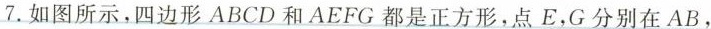
7.如图所示，四边形ABCD和AEFG都是正方形，点E，G分别在AB，